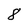
Character: 8